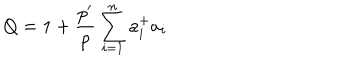
LaTeX: Q = 1 + \frac { p ^ { \prime } } { p } \sum _ { i = 1 } ^ { n } a _ { i } ^ { + } a _ { i }